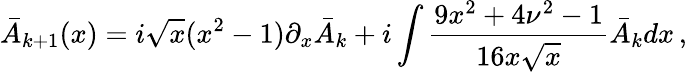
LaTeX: \bar{A}_{k+1}(x)=i\sqrt{x}(x^{2}-1)\partial_{x}\bar{A}_{k}+i\int\frac{9x^{2}+4\nu^{2}-1}{16x\sqrt{x}}\bar{A}_{k}dx\, ,